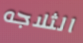
الثلاجه